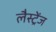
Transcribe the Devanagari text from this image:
लैस्ट्रेंज